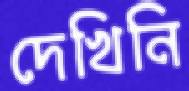
দেখিনি